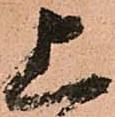
上